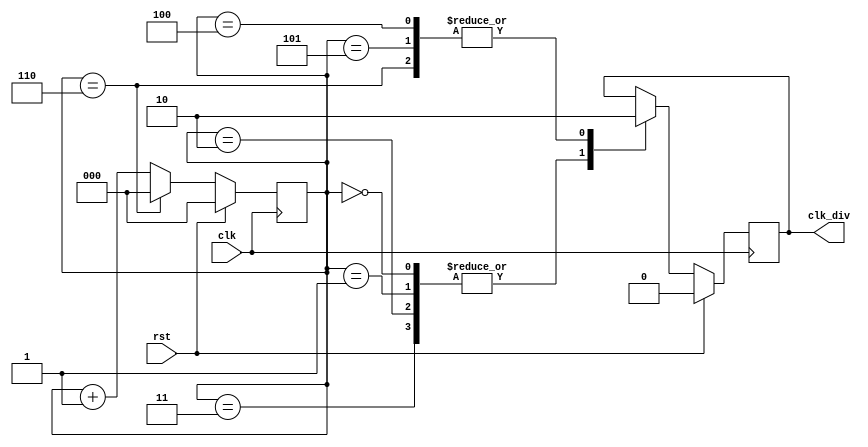
`timescale 1ns / 1ps
//////////////////////////////////////////////////////////////////////////////////
// Company: 
// Engineer: 
// 
// Design Name: 
// Module Name:    clk_div 
// Project Name: 
// Target Devices: 
// Tool versions: 
// Description: 
//
// Dependencies: 
//
// Revision: 
// Revision 0.01 - File Created
// Additional Comments: 
//
//////////////////////////////////////////////////////////////////////////////////
module clk_div(
		clk,
		
		rst,
		
		clk_div

    );
    
    
    input clk;
    input rst;
    output clk_div;
    

    
    reg clk_div;
    
    reg [2:0]cnt;
    
    
    always@(posedge clk)begin
    	if(rst)
    		cnt	<=0;
    	else if(cnt==6)
    		cnt <=0;
    	else
    		cnt	<=cnt+1;
    end
    
    always@(posedge clk)begin
    	if(rst)
    		clk_div	=0;
    	else begin
    		case(cnt)
    			0,1,2,3:
    				clk_div	=1;
    		
    			4,5,6:
    				clk_div	=0;
    			endcase
    	end
    end
    


endmodule